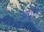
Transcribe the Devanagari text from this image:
आपुलें